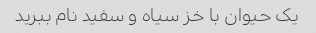
یک حیوان با خز سیاه و سفید نام ببرید